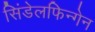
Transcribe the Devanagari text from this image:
सिंडेलफिन्गेन